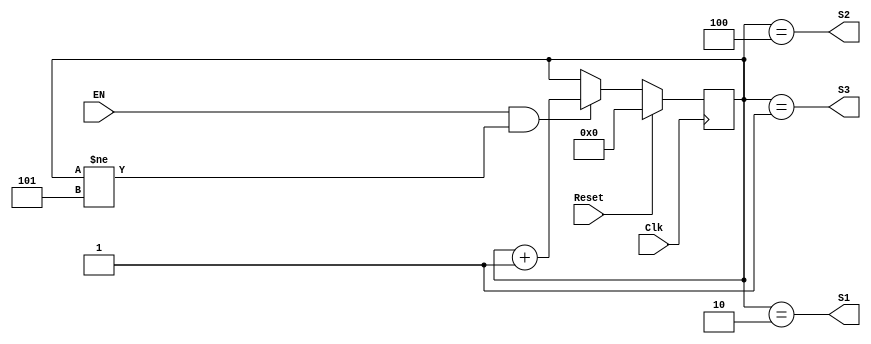
`timescale 1ns / 1ps
//////////////////////////////////////////////////////////////////////////////////
// Company: 
// Engineer: 
// 
// Design Name: 
// Module Name: FlagCounter
// Project Name: 
// Target Devices: 
// Tool Versions: 
// Description: 
// 
// Dependencies: 
// 
// Revision:
// Revision 0.01 - File Created
// Additional Comments:
// 
//////////////////////////////////////////////////////////////////////////////////


module FlagCounter(Clk, Reset, EN, S1,S2,S3);

    //--Inputs--
    input Clk;
    input EN;
    input Reset;

    //--Outputs--
    output S1,S2,S3;

    //--Internal Variables--
    reg [3:0] Cuenta;
	
	always @(posedge Clk)
	   if (Reset)
	       Cuenta=4'd0;    
	   else if ((EN)&(Cuenta!=4'd5))
	       Cuenta=Cuenta+4'd1;
	   else
	       Cuenta=Cuenta;
	
	assign S1=(Cuenta==4'd2);   //Activa bandera
    assign S2=(Cuenta==4'd4); //Desactiva bandera
    assign S3=(Cuenta==4'd1); //Habilida registro con valor de correlacion


endmodule